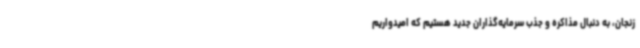
زنجان، به دنبال مذاکره و جذب سرمایه‌گذاران جدید هستیم که امیدواریم